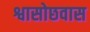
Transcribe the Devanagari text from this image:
श्वासोछवास